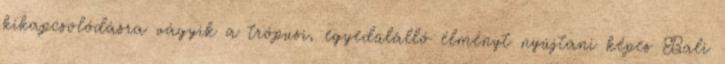
kikapcsolódásra vágyik a trópusi, egyedülálló élményt nyújtani képes Bali